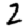
Digit: 2